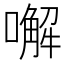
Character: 𠿇